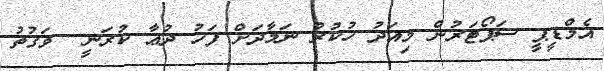
އެމްޑީޕީ ސަޕޯޓަރުން މިއަދު ހުކުރު ނަމާދަށް ފަހު ދުޢާ ކުރަނީ  ވަގުތު